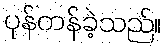
ပုန်ကန်ခဲ့သည်။